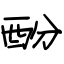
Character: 酚